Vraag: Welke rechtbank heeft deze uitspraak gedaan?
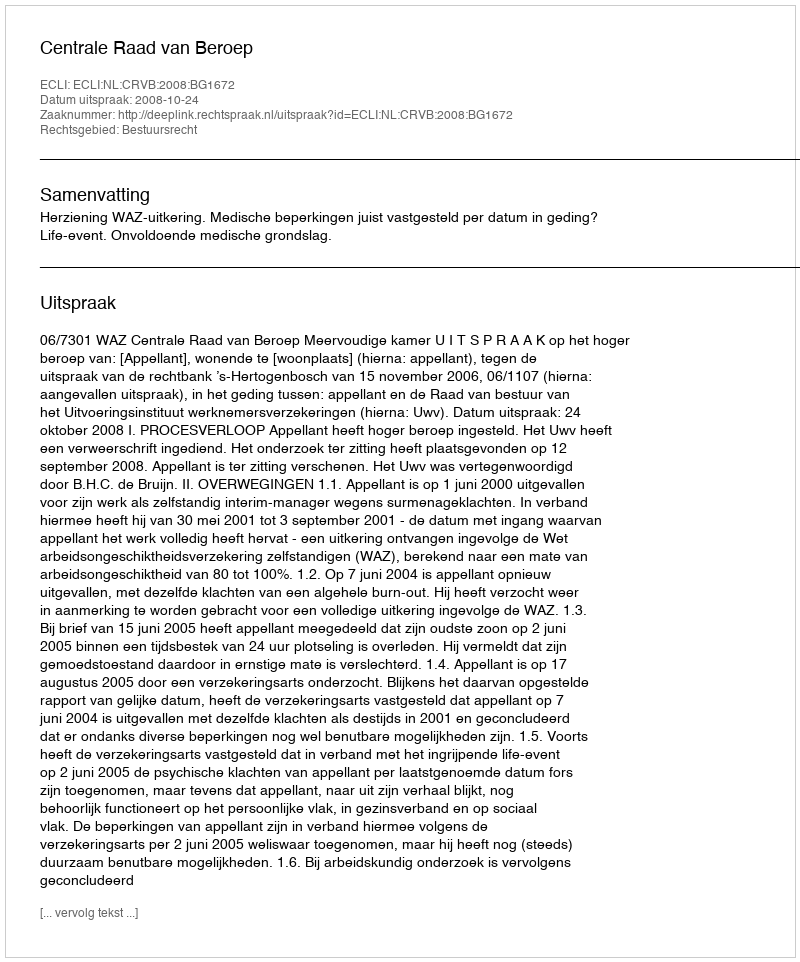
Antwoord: Centrale Raad van Beroep